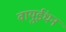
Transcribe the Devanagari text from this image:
वायुईंधन